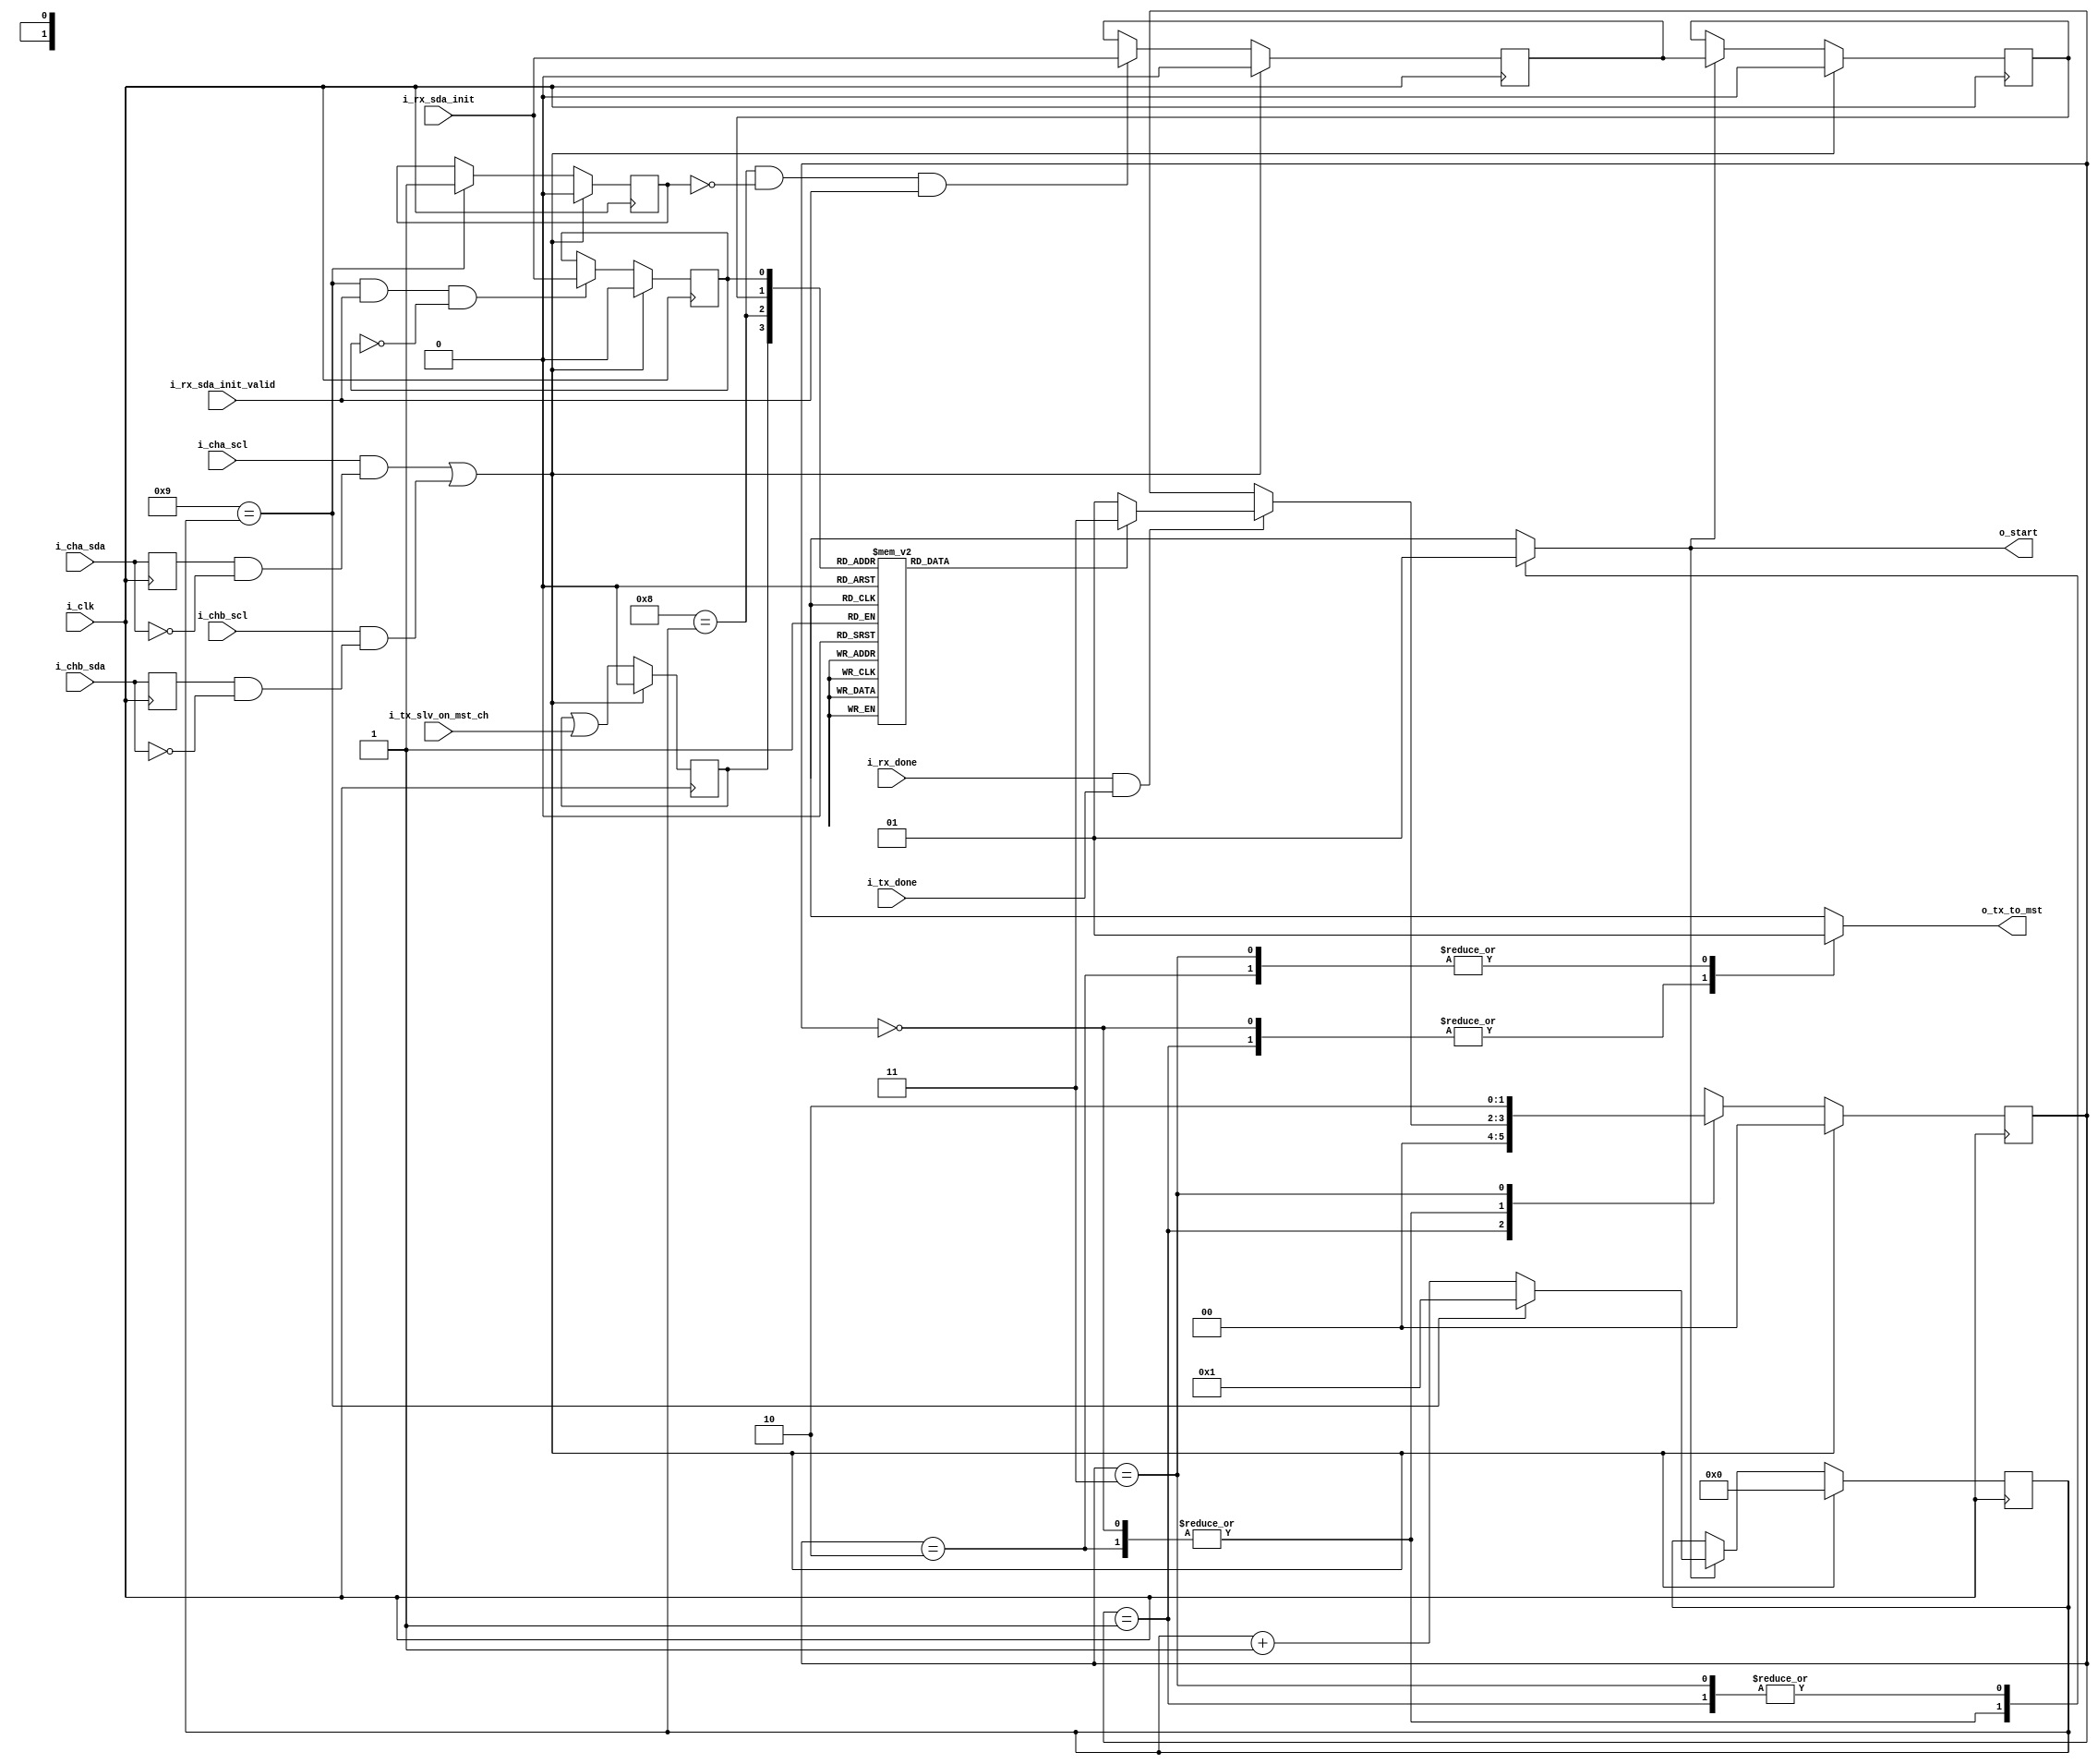
//////////////////////////////////////////////////////////////////////////////
//Copyright 2021 Sergy Pretetsky
//
//Permission is hereby granted, free of charge, to any person obtaining a 
//copy of this software and associated documentation files (the "Software"),
//to deal in the Software without restriction, including without 
//limitation the rights to use, copy, modify, merge, publish, distribute,
//sublicense, and/or sell copies of the Software, and to permit persons to
//whom the Software is furnished to do so, subject to the following 
//conditions:
//
//The above copyright notice and this permission notice shall be included 
//in all copies or substantial portions of the Software.
//
//THE SOFTWARE IS PROVIDED "AS IS", WITHOUT WARRANTY OF ANY KIND, 
//EXPRESS OR IMPLIED, INCLUDING BUT NOT LIMITED TO THE WARRANTIES OF 
//MERCHANTABILITY, FITNESS FOR A PARTICULAR PURPOSE AND NONINFRINGEMENT. 
//IN NO EVENT SHALL THE AUTHORS OR COPYRIGHT HOLDERS BE LIABLE FOR ANY CLAIM,
//DAMAGES OR OTHER LIABILITY, WHETHER IN AN ACTION OF CONTRACT, TORT OR 
//OTHERWISE, ARISING FROM, OUT OF OR IN CONNECTION WITH THE SOFTWARE OR THE 
//USE OR OTHER DEALINGS IN THE SOFTWARE.
//////////////////////////////////////////////////////////////////////////////




module i2c_passthru_rxtx_ctrl(

	input i_clk,
	//input i_rstn,
	input i_cha_scl,
	input i_cha_sda,
	
	input i_chb_scl,
	input i_chb_sda,
	

	input i_rx_done,
	input i_tx_done,
	
	input i_rx_sda_init_valid,
	input i_rx_sda_init,
	
	input i_tx_slv_on_mst_ch,
	
	output reg o_start,
	output reg o_tx_to_mst
);
	reg [1:0] state, nxt_state;
	reg [3:0] bit_cnt, nxt_bit_cnt;
	reg       inc_bit_cnt;
	
	reg first_byte_n   , nxt_first_byte_n   ;
	reg read_mode      , nxt_read_mode      ;
	reg ack_failed     , nxt_ack_failed     ;
	reg slv_on_mst_side, nxt_slv_on_mst_side;
	reg read_mode_early, nxt_read_mode_early;
	
	//reg nxt_slv_is_rx;
	//reg set_slv_is_rx;
	//reg clr_slv_is_rx;
	//reg set_mst_is_rx;
	//reg clr_mst_is_rx;
	
	reg bit_willbe_rx_from_slv;
	wire bit_willbe_ack;
	wire bit_is_ack;
	wire bit_is_read;
	
	reg  prev_cha_sda;
	reg  prev_chb_sda;

	wire cha_negedge_sda;
	wire chb_negedge_sda;
	
	wire cha_start;
	wire chb_start;

	
		//prev_cha_sda <= i_cha_sda;
		//prev_chb_sda <= i_chb_sda;
	
	assign bit_willbe_ack = ( 4'h8 == bit_cnt);
	assign bit_is_ack     = ( 4'h9 == bit_cnt);
	assign bit_is_read    = ( 4'h8 == bit_cnt) && ~first_byte_n;
	
	assign cha_negedge_sda =  prev_cha_sda & ~i_cha_sda      ;
	assign chb_negedge_sda =  prev_chb_sda & ~i_chb_sda      ;

	assign cha_start      =   i_cha_scl    &  cha_negedge_sda;
	assign chb_start      =   i_chb_scl    &  chb_negedge_sda;

	//assign nxt_slv_on_mst_side = slv_on_mst_side | i_tx_slv_on_mst_ch;
	
	always @(*) begin
		nxt_slv_on_mst_side = slv_on_mst_side | i_tx_slv_on_mst_ch;
	end

	always @(*) begin
		case( {slv_on_mst_side, bit_willbe_ack, read_mode, ack_failed} )
			4'b0000: bit_willbe_rx_from_slv = 0;  //4'b0000: bit_willbe_rx_from_slv = 0;
			4'b0001: bit_willbe_rx_from_slv = 0;  //4'b0001: bit_willbe_rx_from_slv = 0;
			4'b0010: bit_willbe_rx_from_slv = 1;  //4'b0010: bit_willbe_rx_from_slv = 0;
			4'b0011: bit_willbe_rx_from_slv = 0;  //4'b0011: bit_willbe_rx_from_slv = 1;
			4'b0100: bit_willbe_rx_from_slv = 1;  //4'b0100: bit_willbe_rx_from_slv = 1;
			4'b0101: bit_willbe_rx_from_slv = 0;  //4'b0101: bit_willbe_rx_from_slv = 1;
			4'b0110: bit_willbe_rx_from_slv = 0;  //4'b0110: bit_willbe_rx_from_slv = 0;
			4'b0111: bit_willbe_rx_from_slv = 0;  //4'b0111: bit_willbe_rx_from_slv = 0;
			4'b1000: bit_willbe_rx_from_slv = 0;  //4'b1000: bit_willbe_rx_from_slv = 0;
			4'b1001: bit_willbe_rx_from_slv = 0;  //4'b1001: bit_willbe_rx_from_slv = 0;
			4'b1010: bit_willbe_rx_from_slv = 0;  //4'b1010: bit_willbe_rx_from_slv = 0;
			4'b1011: bit_willbe_rx_from_slv = 0;  //4'b1011: bit_willbe_rx_from_slv = 0;
			4'b1100: bit_willbe_rx_from_slv = 0;  //4'b1100: bit_willbe_rx_from_slv = 0;
			4'b1101: bit_willbe_rx_from_slv = 0;  //4'b1101: bit_willbe_rx_from_slv = 0;
			4'b1110: bit_willbe_rx_from_slv = 0;  //4'b1110: bit_willbe_rx_from_slv = 0;
			4'b1111: bit_willbe_rx_from_slv = 0;  //4'b1111: bit_willbe_rx_from_slv = 0;
			default: bit_willbe_rx_from_slv = 0;  //default: bit_willbe_rx_from_slv = 0;

		endcase
	end
	
	
	localparam ST_MST_RX_WAIT     = 0;
	localparam ST_MST_RX_START    = 1;
	localparam ST_SLV_RX_WAIT     = 2;
	localparam ST_SLV_RX_START    = 3;

	
	always @(*) begin
		//default else case
		nxt_state = state;
		
		o_start         = 1'b0;
		inc_bit_cnt     = 1'b0;
		o_tx_to_mst   = 1'b0;
		
		
		case( state)
		
			ST_MST_RX_WAIT  : 
			begin
				if( i_rx_done && i_tx_done) begin
					if( bit_willbe_rx_from_slv)  nxt_state = ST_SLV_RX_START;
					else                    nxt_state = ST_MST_RX_START;
				end
			end
			
			ST_MST_RX_START :  
			begin
				o_start     = 1'b1;
				inc_bit_cnt = 1'b1;
				
				nxt_state = ST_MST_RX_WAIT;
			end
			
			ST_SLV_RX_WAIT  :  
			begin
				o_tx_to_mst = 1'b1;

				if( i_rx_done && i_tx_done) begin
					if( bit_willbe_rx_from_slv)  nxt_state = ST_SLV_RX_START;
					else                    nxt_state = ST_MST_RX_START;
				end
			end
			
			ST_SLV_RX_START :  
			begin		
				o_tx_to_mst = 1'b1;
				o_start       = 1'b1;
				inc_bit_cnt   = 1'b1;
				
				nxt_state = ST_SLV_RX_WAIT;

				
			end
			
			default:
			begin
				nxt_state = ST_MST_RX_WAIT;
			end
		endcase
	
	end
	
	
	//bit count
	always @(*) begin
		if( inc_bit_cnt) begin
			if( 9 == bit_cnt) nxt_bit_cnt = 4'h1;
			else              nxt_bit_cnt = bit_cnt + 1'b1;
			
		end
		else begin
			nxt_bit_cnt = bit_cnt;
		end
	end
	
	
	//determine first_byte_n
	always @(*) begin
		if( 9 == bit_cnt) nxt_first_byte_n = 1'b1;
		else              nxt_first_byte_n = first_byte_n;
	end
	
	////determine read mode
	//always @(*) begin
	//	if( bit_is_read && i_rx_sda_init_valid) 
	//		nxt_read_mode = i_rx_sda_init;
	//	else
	//		nxt_read_mode = read_mode;
	//end
	
	//determine read mode
	always @(*) begin
		if( bit_is_read && i_rx_sda_init_valid) 
			nxt_read_mode_early = i_rx_sda_init;
		else
			nxt_read_mode_early = read_mode_early;
	end
	
	//buffer read mode
	always @(*) begin
		if( o_start )   nxt_read_mode = read_mode_early ;
		else            nxt_read_mode = read_mode;
	end
	
	
	//determine ack_failed
	always @(*) begin
		if( bit_is_ack && i_rx_sda_init_valid && !ack_failed )
			nxt_ack_failed = i_rx_sda_init;
		else
			nxt_ack_failed = ack_failed;
	end
	
	

	

	//synchronous logic that requires reset
	always @(posedge i_clk) begin
		//if( i_rstn) begin
		//if( cha_start || chb_start ) begin
		if( !(cha_start || chb_start) ) begin
			state           <= nxt_state           ;
			bit_cnt         <= nxt_bit_cnt         ;
			first_byte_n    <= nxt_first_byte_n    ;
			read_mode       <= nxt_read_mode       ;
			read_mode_early <= nxt_read_mode_early ;
			ack_failed      <= nxt_ack_failed      ;
			slv_on_mst_side <= nxt_slv_on_mst_side;

		
		end 
		else begin
			state           <= ST_MST_RX_WAIT;
			bit_cnt         <= 4'h0;
			first_byte_n    <= 1'b0;
			read_mode       <= 1'b0;
			read_mode_early <= 1'b0;
			ack_failed      <= 1'b0;
			slv_on_mst_side <= 1'b0;
			
			
		end

	end
	
	//synchronous logic no reset required
	always @(posedge i_clk) begin
		prev_cha_sda <= i_cha_sda;
		prev_chb_sda <= i_chb_sda;

	end
	
	


endmodule